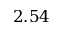
2 . 5 4